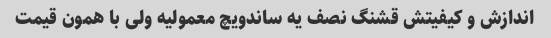
اندازش و کیفیتش قشنگ نصف یه ساندویچ معمولیه ولی با همون قیمت